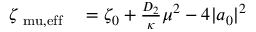
\begin{array} { r l } { \zeta _ { \mathrm { \ m u , e f f } } } & { { } = \zeta _ { 0 } + \frac { D _ { 2 } } { \kappa } \mu ^ { 2 } - 4 | a _ { 0 } | ^ { 2 } } \end{array}